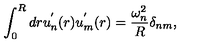
\int _ { 0 } ^ { R } d r u _ { n } ^ { ' } ( r ) u _ { m } ^ { ' } ( r ) = \frac { \omega _ { n } ^ { 2 } } { R } \delta _ { n m } { , }